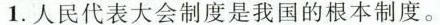
1.人民代表大会制度是我国的根本制度。